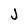
Character: J